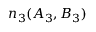
n _ { 3 } ( A _ { 3 } , B _ { 3 } )